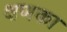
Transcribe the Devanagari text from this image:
क्षणका